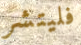
فليتشر